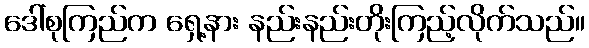
ဒေါ်စုကြည်က ရှေ့နား နည်းနည်းတိုးကြည့်လိုက်သည်။